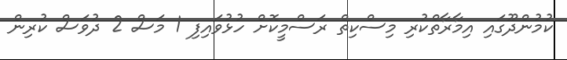
ކުމުންދޫގައި އިމާރާތްކުރި މިސްކިތް ރަސްމީކޮށް ހުޅުވައިފި 1 މަސް 2 ދުވަސް ކުރިން